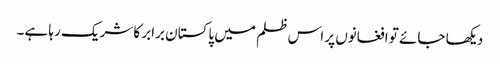
دیکھا جائے تو افغانوں پر اس ظلم میں پاکستان برابر کا شریک رہا ہے۔